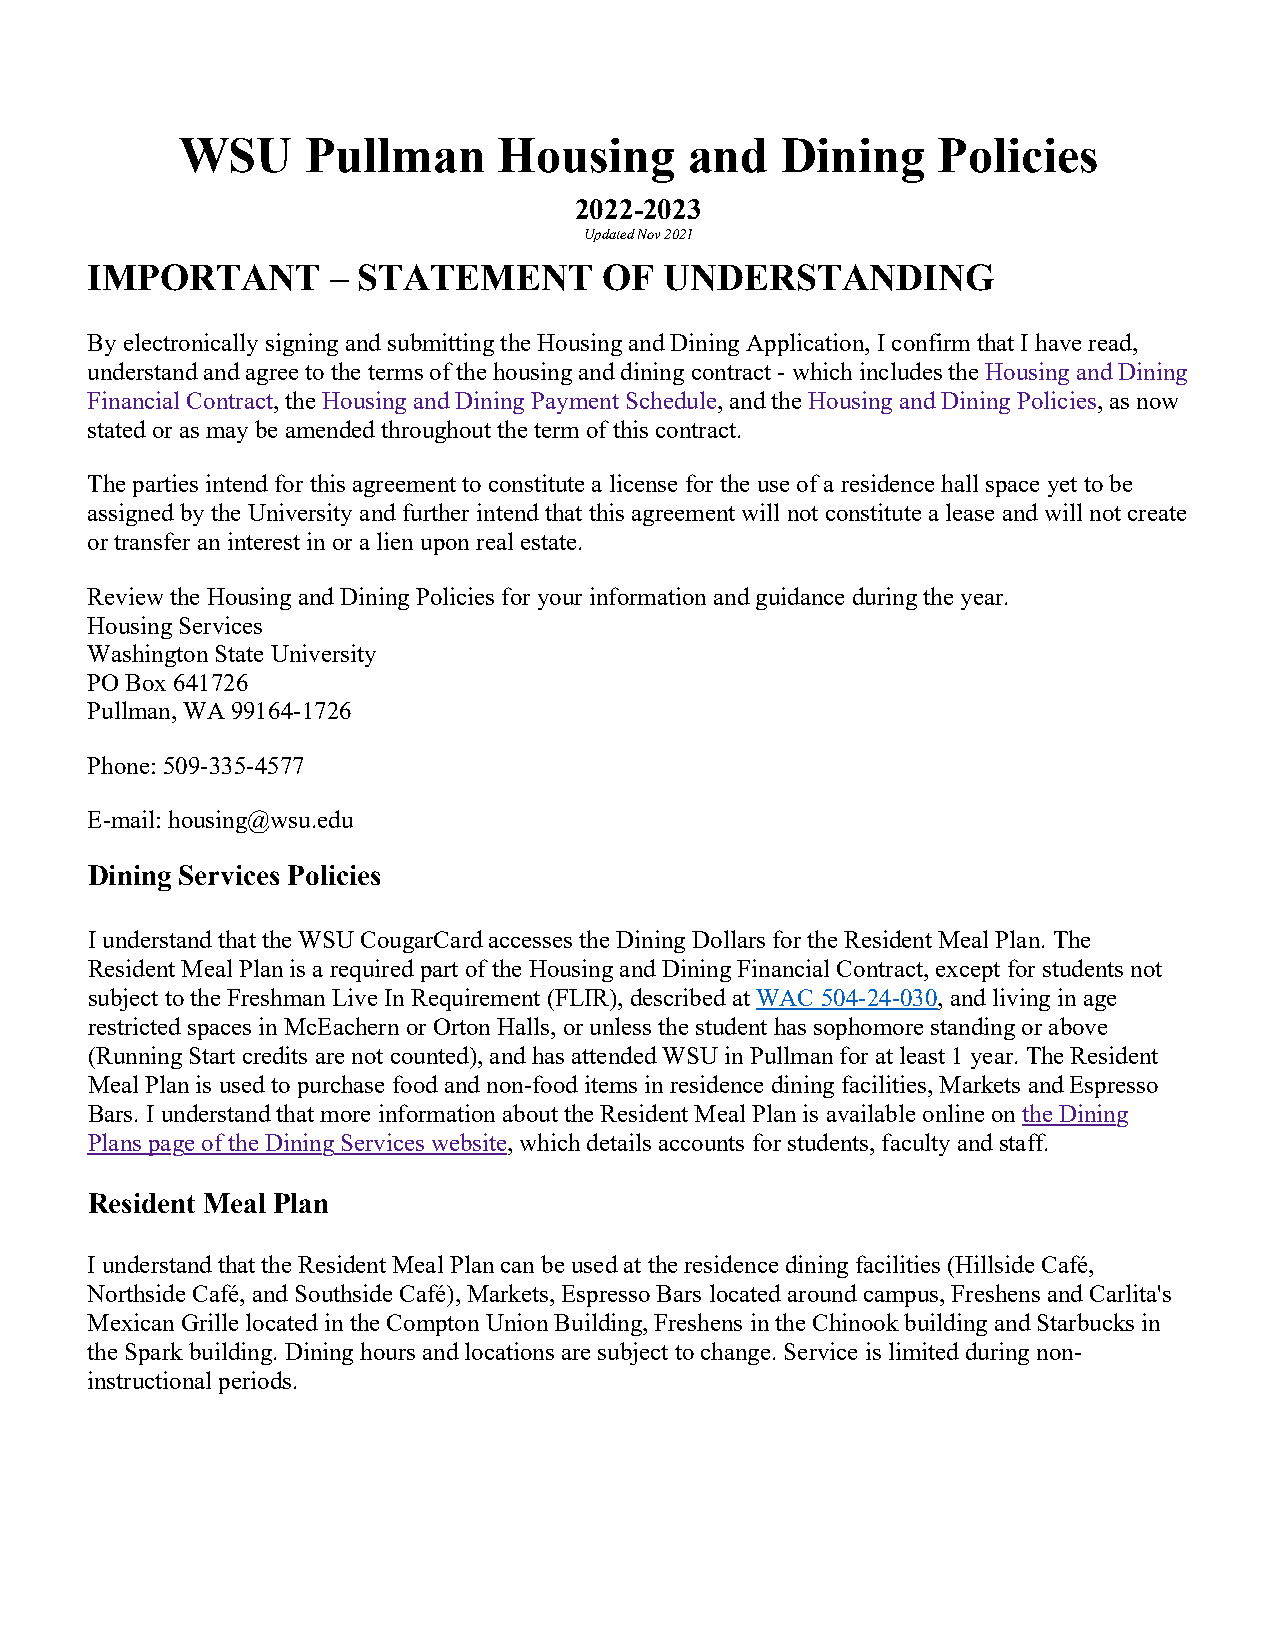
WSU     Pullman      Housing      and   Dining    Policies
 2022-2023
 Updated Nov 2021
 IMPORTANT       – STATEMENT       OF  UNDERSTANDING
 By electronically signing and submitting the Housing and Dining Application, I confirm that I have read,
 understand and agree to the terms of the housing and dining contract - which includes the Housing and Dining
 Financial Contract, the Housing and Dining Payment Schedule, and the Housing and Dining Policies, as now
 stated or as may be amended throughout the term of this contract.
 The parties intend for this agreement to constitute a license for the use of a residence hall space yet to be
 assigned by the University and further intend that this agreement will not constitute a lease and will not create
 or transfer an interest in or a lien upon real estate.
 Review the Housing and Dining Policies for your information and guidance during the year.
 Housing Services
 Washington State University
 PO Box 641726
 Pullman, WA 99164-1726
 Phone: 509-335-4577
 E-mail: housing@wsu.edu
 Dining Services Policies
 I understand that the WSU CougarCard accesses the Dining Dollars for the Resident Meal Plan. The
 Resident Meal Plan is a required part of the Housing and Dining Financial Contract, except for students not
 subject to the Freshman Live In Requirement (FLIR), described at WAC 504-24-030, and living in age
 restricted spaces in McEachern or Orton Halls, or unless the student has sophomore standing or above
 (Running Start credits are not counted), and has attended WSU in Pullman for at least 1 year. The Resident
 Meal Plan is used to purchase food and non-food items in residence dining facilities, Markets and Espresso
 Bars. I understand that more information about the Resident Meal Plan is available online on the Dining
 Plans page of the Dining Services website, which details accounts for students, faculty and staff.
 Resident Meal Plan
 I understand that the Resident Meal Plan can be used at the residence dining facilities (Hillside Café,
 Northside Café, and Southside Café), Markets, Espresso Bars located around campus, Freshens and Carlita's
 Mexican Grille located in the Compton Union Building, Freshens in the Chinook building and Starbucks in
 the Spark building. Dining hours and locations are subject to change. Service is limited during non-
 instructional periods.